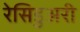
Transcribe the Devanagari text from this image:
रेसिडुअरी